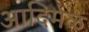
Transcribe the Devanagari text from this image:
आदिमळ